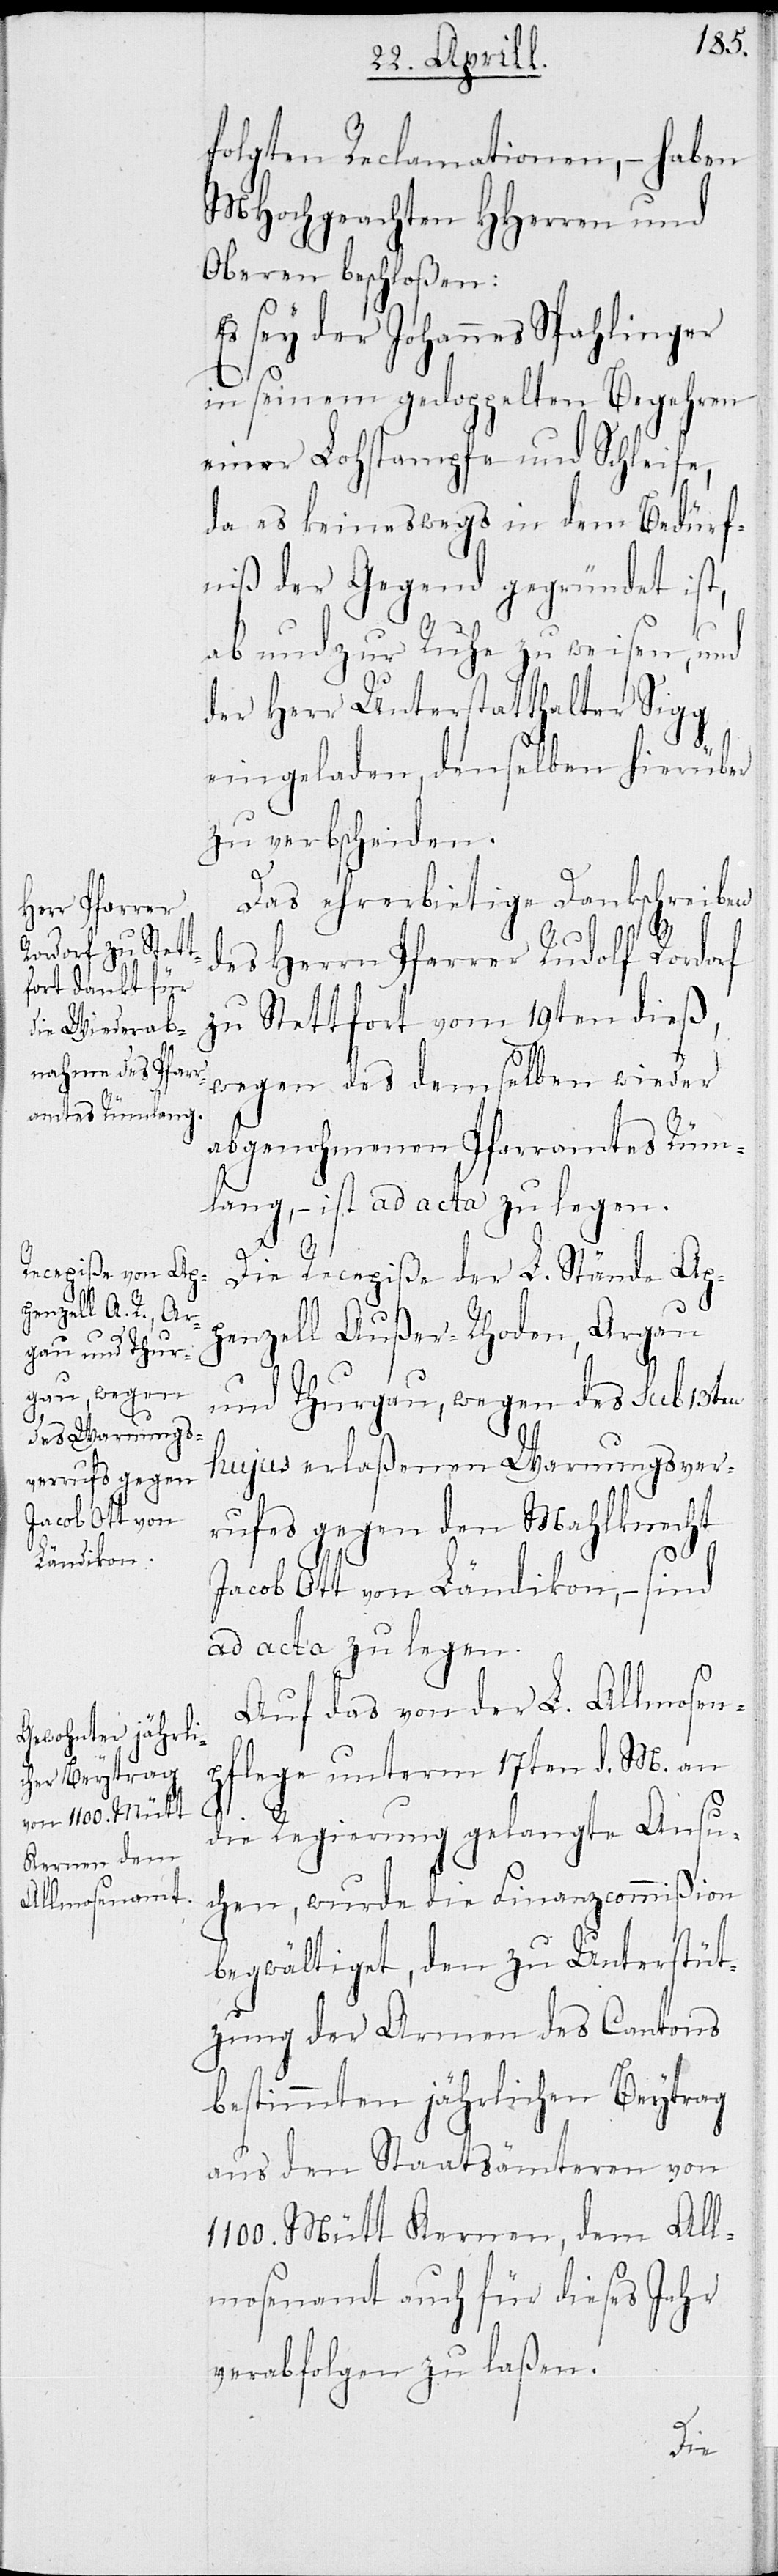
folgten Reclamationen, – haben
MHochgeachte HHerren und
Oberen beschloßen:
Es sey der Johannes Spahlinger
in seinem gedoppelten Begehren
einer Lohstampfe und Schleife,
da es keineswegs in dem Bedürf¬
niß der Gegend gegeründet ist,
ab und zur Ruhe zu weisen, und
der Herr Unterstatthalter Sigg
eingeladen, denselben hierüber
zu verbscheiden.
Das ehrerbietige Dankschreiben
des Herrn Pfarrers Rudolf Rordorf
zu Stettfort vom 19ten dieß,
wegen des demselben wieder
abgenohmenen Pfarramts Rüm¬
lang, – ist ad acta zu legen.
Die Recepiße der L. Stände Ap¬
enzell Außer-Rhoden, Argau
und Thurgau, wegen des sub 13ten
hujus erlaßenen Warnungsver¬
ruf gegen den Mahlknecht
Jacob Ott von Ländikon, – sind
ad acta zu legen.
Auf das von der L. Almosen¬
pflege unterm 17ten d. M. an
die Regierung gelangte Ansu¬
chen, wurde die Finanzcommißion
begwältiget, den zu Unterstüt¬
zung der Armen des Cantons
bestimmten jährlichen Beytrag
aus den Staatsämteren von
1100 Mütt Kernen, dem Al¬
mosenamt auch für dieses Jahr
verabfolgen zu laßen.